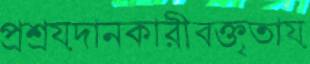
প্রশ্রয়দানকারীবক্তৃতায়